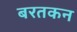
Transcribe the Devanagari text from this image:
बरतकन